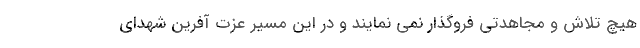
هیچ تلاش و مجاهدتی فروگذار نمی‌ نمایند و در این مسیر عزت آفرین شهدای